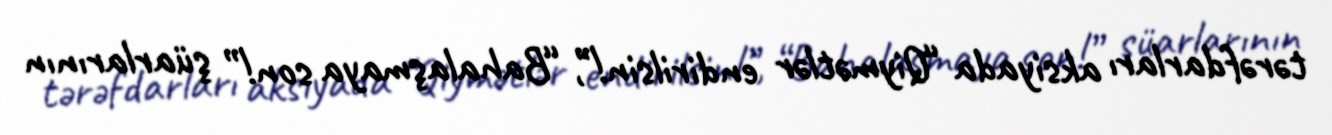
tərəfdarları aksiyada “Qiymətlər endirilsin!”, “Bahalaşmaya son!” şüarlarının